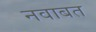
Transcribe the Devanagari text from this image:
नवाबत